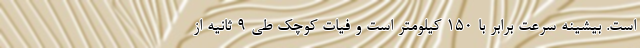
است. بیشینه سرعت برابر با 150 کیلومتر است و فیات کوچک طی 9 ثانیه از